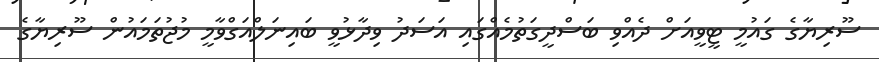
ސޫރިޔާގެ ގައުމީ ޓީވީއަށް ދެއްވި ބަސްދީގަތުމެއްގައި އަސަދު ވިދާޅުވީ ބައިނަލްއަގްވާމީ މުޖުތަމައުން ސޫރިޔާގެ